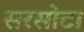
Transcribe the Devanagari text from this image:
सरसोटा